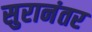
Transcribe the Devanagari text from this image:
सुरानंतर